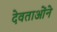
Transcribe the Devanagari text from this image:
देवताओंने